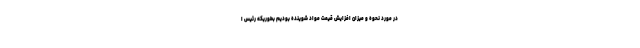
در مورد نحوه و میزان افزایش قیمت مواد شوینده بودیم بطوریکه رئیس ا